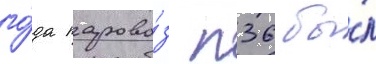
го́да парово́з п36 бы́л